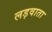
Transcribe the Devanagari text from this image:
लड़वाता